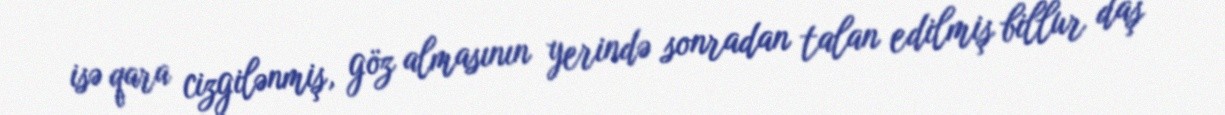
isə qara cizgilənmiş, göz almasının yerində sonradan talan edilmiş billur daş